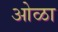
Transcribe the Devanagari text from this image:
ओळा